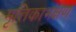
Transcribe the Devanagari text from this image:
मृत्तिकाभक्षण